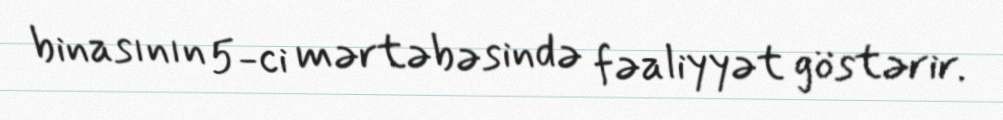
binasının 5-ci mərtəbəsində fəaliyyət göstərir.